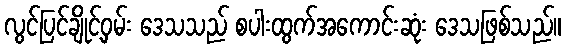
လွင်ပြင်ချိုင့်ဝှမ်း ဒေသသည် စပါးထွက်အကောင်းဆုံး ဒေသဖြစ်သည်။